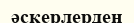
әскерлерден